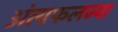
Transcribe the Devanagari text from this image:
अंत्यफलज्या